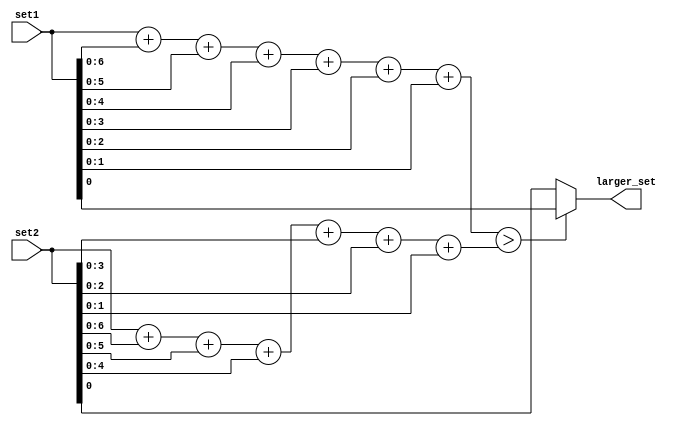
module Magnitude_comparator (
    input [7:0] set1,
    input [7:0] set2,
    output larger_set
);

wire [7:0] set1_sum, set2_sum;

assign set1_sum = set1[7:0] + set1[6:0] + set1[5:0] + set1[4:0] + set1[3:0] + set1[2:0] + set1[1:0];
assign set2_sum = set2[7:0] + set2[6:0] + set2[5:0] + set2[4:0] + set2[3:0] + set2[2:0] + set2[1:0];

assign larger_set = (set1_sum > set2_sum) ? set1 : set2;

endmodule